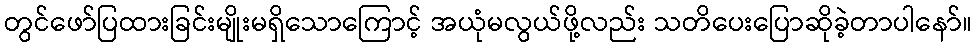
တွင်ဖော်ပြထားခြင်းမျိုးမရှိသောကြောင့် အယုံမလွယ်ဖို့လည်း သတိပေးပြောဆိုခဲ့တာပါနော်။